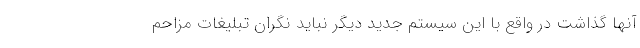
آنها گذاشت در واقع با این سیستم جدید دیگر نباید نگران تبلیغات مزاحم